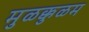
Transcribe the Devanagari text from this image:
मुळक्कुळम